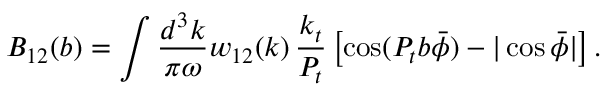
B _ { 1 2 } ( b ) = \int \frac { d ^ { 3 } k } { \pi \omega } w _ { 1 2 } ( k ) \, \frac { k _ { t } } { P _ { t } } \left[ \cos ( P _ { t } b \bar { \phi } ) - | \cos \bar { \phi } | \right] .